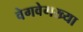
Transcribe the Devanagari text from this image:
वेगवेगख्या